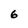
Character: 6